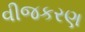
વીજકરણ